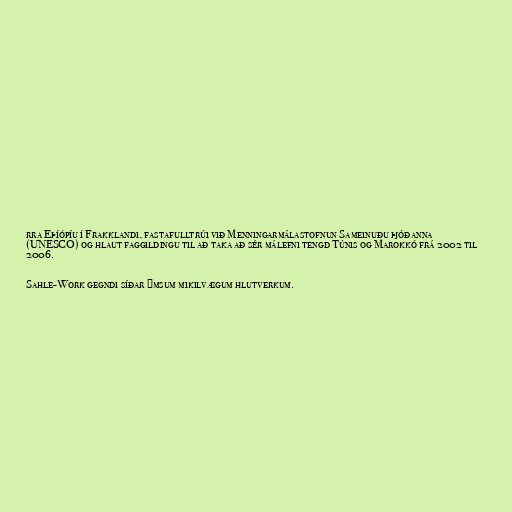
rra Eþíópíu í Frakklandi, fastafulltrúi við Menningarmálastofnun Sameinuðu þjóðanna
(UNESCO) og hlaut faggildingu til að taka að sér málefni tengd Túnis og Marokkó frá 2002 til
2006.

Sahle-Work gegndi síðar ýmsum mikilvægum hlutverkum.